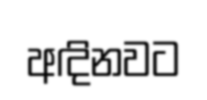
අඳිනවට